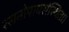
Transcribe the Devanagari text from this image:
रसनोपायसंस्थिता।